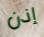
إذن